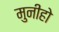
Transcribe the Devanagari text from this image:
मुनीहो